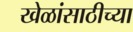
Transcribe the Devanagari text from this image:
खेळांसाठीच्या